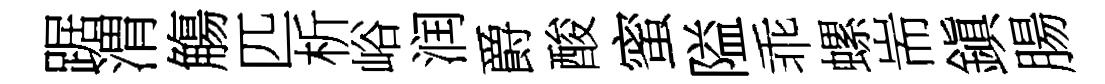
踞渭觴匹析峪润爵酸蜜隘乖螺耑鎭腸